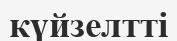
күйзелтті